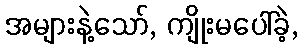
အများနဲ့သော်, ကျိုးမပေါ်ခဲ့,